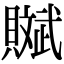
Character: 𧸔